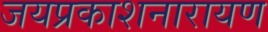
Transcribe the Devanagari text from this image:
जयप्रकाशनारायण